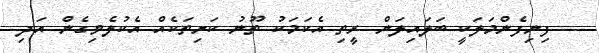
ފިނިފެންމަލަކީ ބަލައިލަން ރީތި އެކަމަކު ތޫނު ކަށިތަކެއް އެކުލެވިގެން އަދި